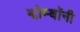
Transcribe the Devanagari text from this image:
झोम्बॉनी